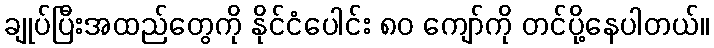
ချုပ်ပြီးအထည်တွေကို နိုင်ငံပေါင်း ၈၀ ကျော်ကို တင်ပို့နေပါတယ်။